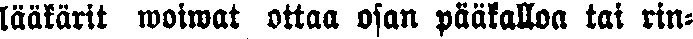
lääkärit woiwat ottaa osan pääkalloa tai rin-